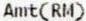
AMT(RM)